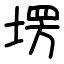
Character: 塄